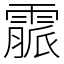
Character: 霢